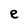
Character: e